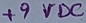
Text: +9VDC